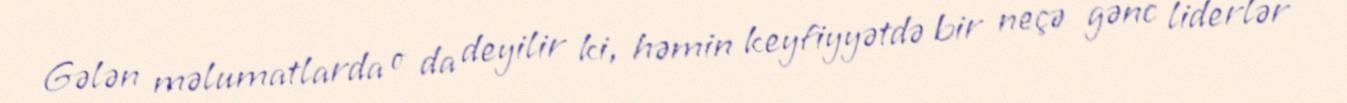
Gələn məlumatlarda o da deyilir ki, həmin keyfiyyətdə bir neçə gənc liderlər